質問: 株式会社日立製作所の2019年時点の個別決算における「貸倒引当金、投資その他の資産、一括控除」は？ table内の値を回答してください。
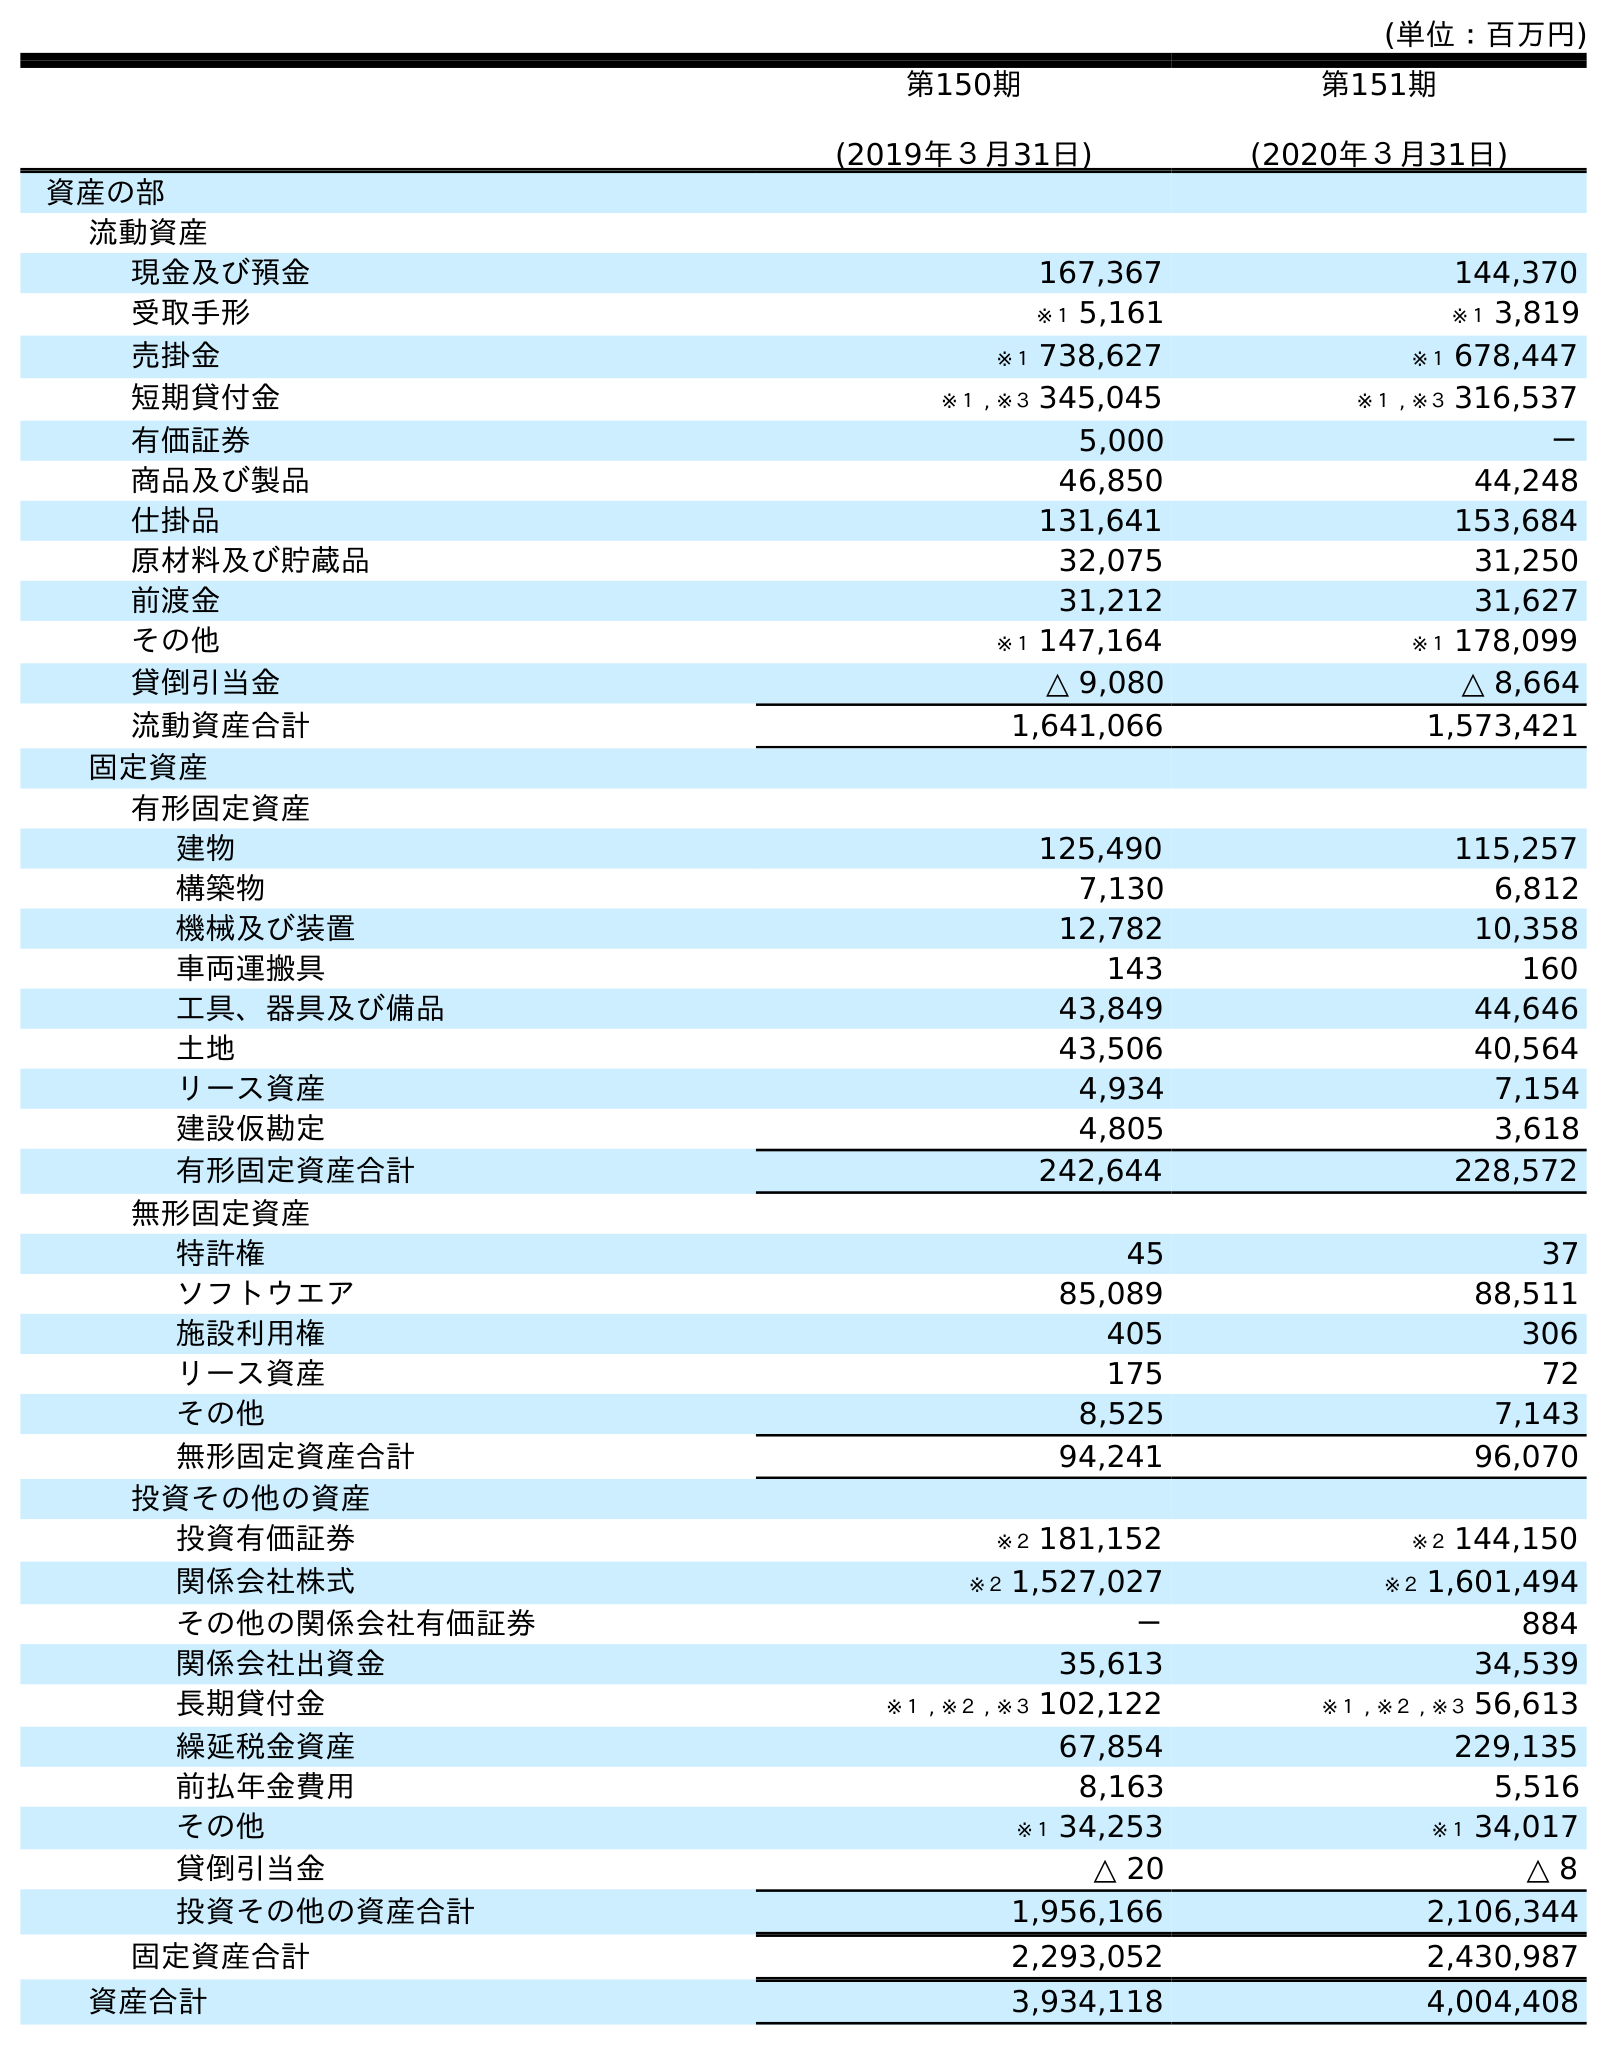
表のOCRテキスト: (単位：百万円) 第150期 (2019年３月31日) 第151期 (2020年３月31日) 資産の部 流動資産 現金及び預金 167,367 144,370 受取手形 ※１ 5,161 ※１ 3,819 売掛金 ※１ 738,627 ※１ 678,447 短期貸付金 ※１ , ※３ 345,045 ※１ , ※３ 316,537 有価証券 5,000 － 商品及び製品 46,850 44,248 仕掛品 131,641 153,684 原材料及び貯蔵品 32,075 31,250 前渡金 31,212 31,627 その他 ※１ 147,164 ※１ 178,099 貸倒引当金 △ 9,080 △ 8,664 流動資産合計 1,641,066 1,573,421 固定資産 有形固定資産 建物 125,490 115,257 構築物 7,130 6,812 機械及び装置 12,782 10,358 車両運搬具 143 160 工具、器具及び備品 43,849 44,646 土地 43,506 40,564 リース資産 4,934 7,154 建設仮勘定 4,805 3,618 有形固定資産合計 242,644 228,572 無形固定資産 特許権 45 37 ソフトウエア 85,089 88,511 施設利用権 405 306 リース資産 175 72 その他 8,525 7,143 無形固定資産合計 94,241 96,070 投資その他の資産 投資有価証券 ※２ 181,152 ※２ 144,150 関係会社株式 ※２ 1,527,027 ※２ 1,601,494 その他の関係会社有価証券 － 884 関係会社出資金 35,613 34,539 長期貸付金 ※１ , ※２ , ※３ 102,122 ※１ , ※２ , ※３ 56,613 繰延税金資産 67,854 229,135 前払年金費用 8,163 5,516 その他 ※１ 34,253 ※１ 34,017 貸倒引当金 △ 20 △ 8 投資その他の資産合計 1,956,166 2,106,344 固定資産合計 2,293,052 2,430,987 資産合計 3,934,118 4,004,408
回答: △20